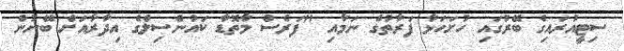
ސިޓީއުރައިގެ ބޭރުގައި ހުށަހަޅާ ފަރާތުގެ ނަމާއި "ފަރެސް މާތޮޑާ ކައުންސިލްގެ އިދާރާއަށް ބޭނުން